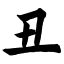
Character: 丑